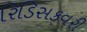
રિડિસકવરી